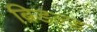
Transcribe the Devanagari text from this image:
ब्रिडल्ड